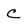
Character: c